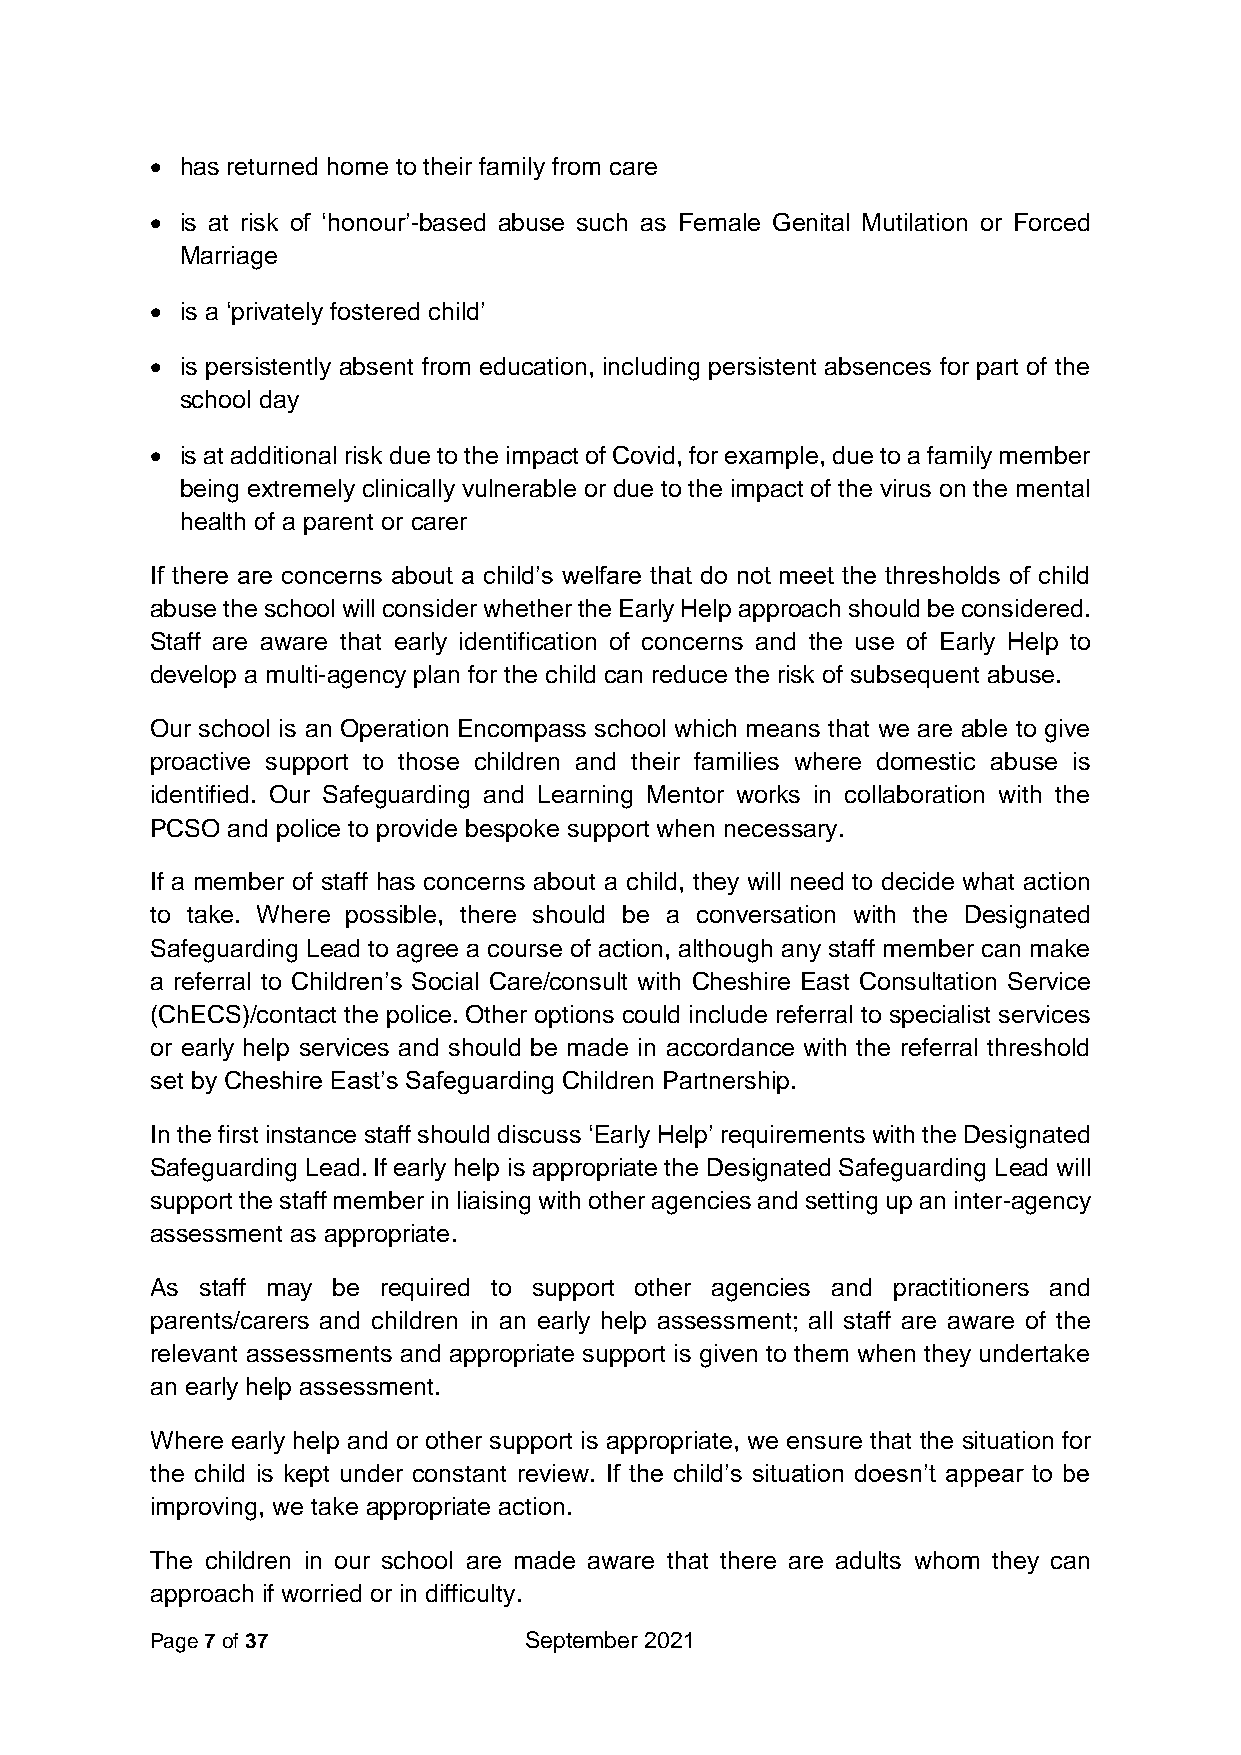
• has returned home to their family from care
 • is at risk of ‘honour’-based abuse such as Female Genital Mutilation or Forced
 Marriage
 • is a ‘privately fostered child’
 • is persistently absent from education, including persistent absences for part of the
 school day
 • is at additional risk due to the impact of Covid, for example, due to a family member
 being extremely clinically vulnerable or due to the impact of the virus on the mental
 health of a parent or carer
 If there are concerns about a child’s welfare that do not meet the thresholds of child
 abuse the school will consider whether the Early Help approach should be considered.
 Staff are aware that early identification of concerns and the use of Early Help to
 develop a multi-agency plan for the child can reduce the risk of subsequent abuse.
 Our school is an Operation Encompass school which means that we are able to give
 proactive support to those children and their families where domestic abuse is
 identified. Our Safeguarding and Learning Mentor works in collaboration with the
 PCSO and police to provide bespoke support when necessary.
 If a member of staff has concerns about a child, they will need to decide what action
 to take. Where possible, there should be a conversation with the Designated
 Safeguarding Lead to agree a course of action, although any staff member can make
 a referral to Children’s Social Care/consult with Cheshire East Consultation Service
 (ChECS)/contact the police. Other options could include referral to specialist services
 or early help services and should be made in accordance with the referral threshold
 set by Cheshire East’s Safeguarding Children Partnership.
 In the first instance staff should discuss ‘Early Help’ requirements with the Designated
 Safeguarding Lead. If early help is appropriate the Designated Safeguarding Lead will
 support the staff member in liaising with other agencies and setting up an inter-agency
 assessment as appropriate.
 As staff may be required to support other agencies and practitioners and
 parents/carers and children in an early help assessment; all staff are aware of the
 relevant assessments and appropriate support is given to them when they undertake
 an early help assessment.
 Where early help and or other support is appropriate, we ensure that the situation for
 the child is kept under constant review. If the child’s situation doesn’t appear to be
 improving, we take appropriate action.
 The children in our school are made aware that there are adults whom they can
 approach if worried or in difficulty.
 Page 7 of 37             September 2021